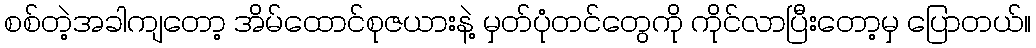
စစ်တဲ့အခါကျတော့ အိမ်ထောင်စုဇယားနဲ့ မှတ်ပုံတင်တွေကို ကိုင်လာပြီးတော့မှ ပြောတယ်။